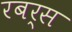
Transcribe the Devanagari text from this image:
रबर्स